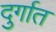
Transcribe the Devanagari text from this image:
दुर्गात